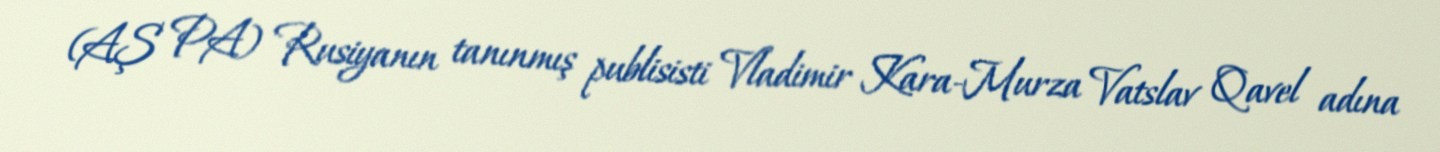
(AŞ PA) Rusiyanın tanınmış publisisti Vladimir Kara-Murza Vatslav Qavel adına